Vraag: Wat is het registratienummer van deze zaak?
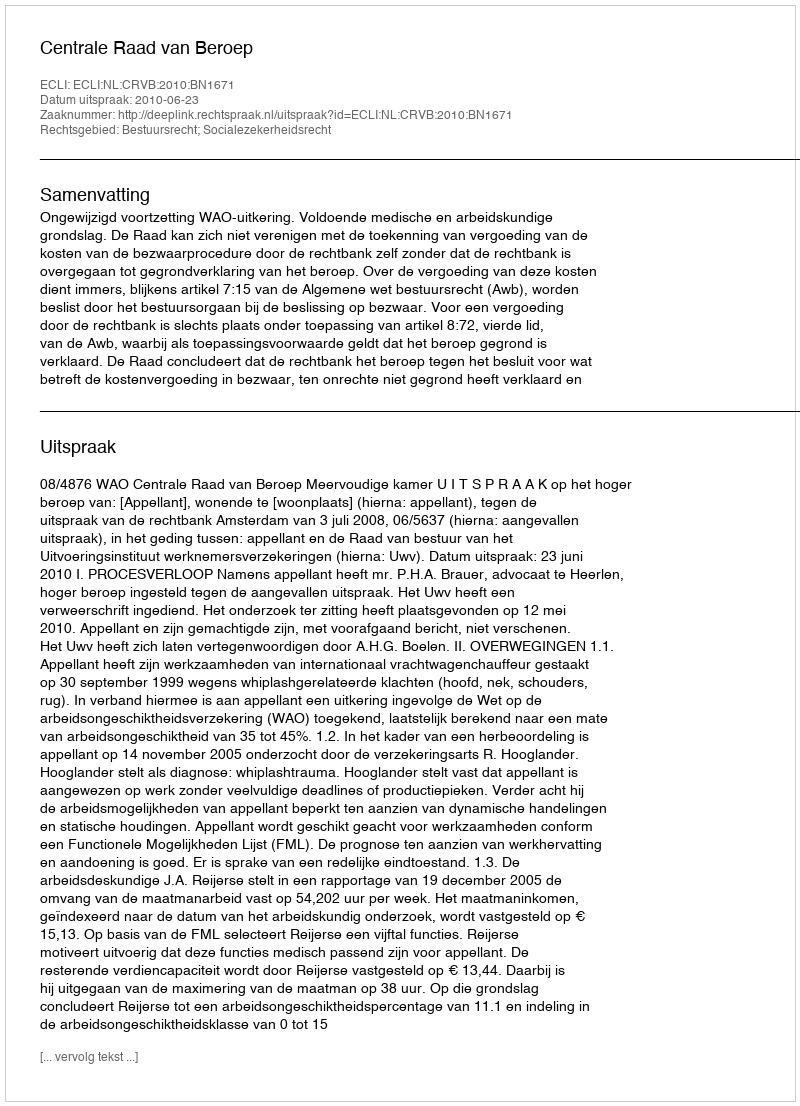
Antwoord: http://deeplink.rechtspraak.nl/uitspraak?id=ECLI:NL:CRVB:2010:BN1671